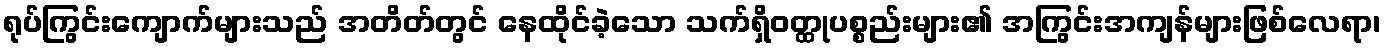
ရုပ်ကြွင်းကျောက်များသည် အတိတ်တွင် နေထိုင်ခဲ့သော သက်ရှိဝတ္ထုပစ္စည်းများ၏ အကြွင်းအကျန်များဖြစ်လေရာ၊